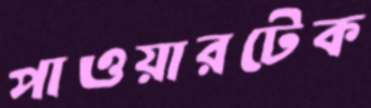
পাওয়ারটেক